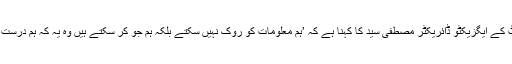
پاک چین انسٹی ٹیوٹ کے ایگزیکٹو ڈائریکٹر مصطفیٰ سید کا کہنا ہے کہ ’ہم معلومات کو روک نہیں سکتے بلکہ ہم جو کر سکتے ہیں وہ یہ کہ ہم درست معلومات فاہم کریں۔